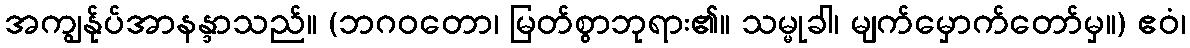
အကျွန်ုပ်အာနန္ဒာသည်။ (ဘဂဝတော၊ မြတ်စွာဘုရား၏။ သမ္မုခါ၊ မျက်မှောက်တော်မှ။) ဧဝံ၊